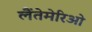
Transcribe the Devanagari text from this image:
लैंतेमेरिओ